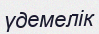
үдемелік